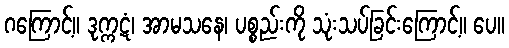
ဂကြောင့်။ ဒုက္ကဋံ၊ အာမသနေ၊ ပစ္စည်းကို သုံးသပ်ခြင်းကြောင့်။ ပေ။